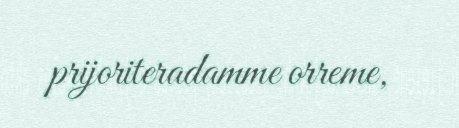
prijoriteradamme orreme,